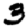
Digit: 3